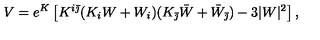
V = e ^ { K } \left[ K ^ { i \bar { \jmath } } ( K _ { i } W + W _ { i } ) ( K _ { \bar { \jmath } } \bar { W } + \bar { W } _ { \bar { \jmath } } ) - 3 | W | ^ { 2 } \right] ,